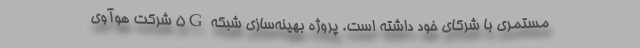
مستمری با شرکای خود داشته است. پروژه بهینه‌سازی شبکه 5G شرکت هوآوی